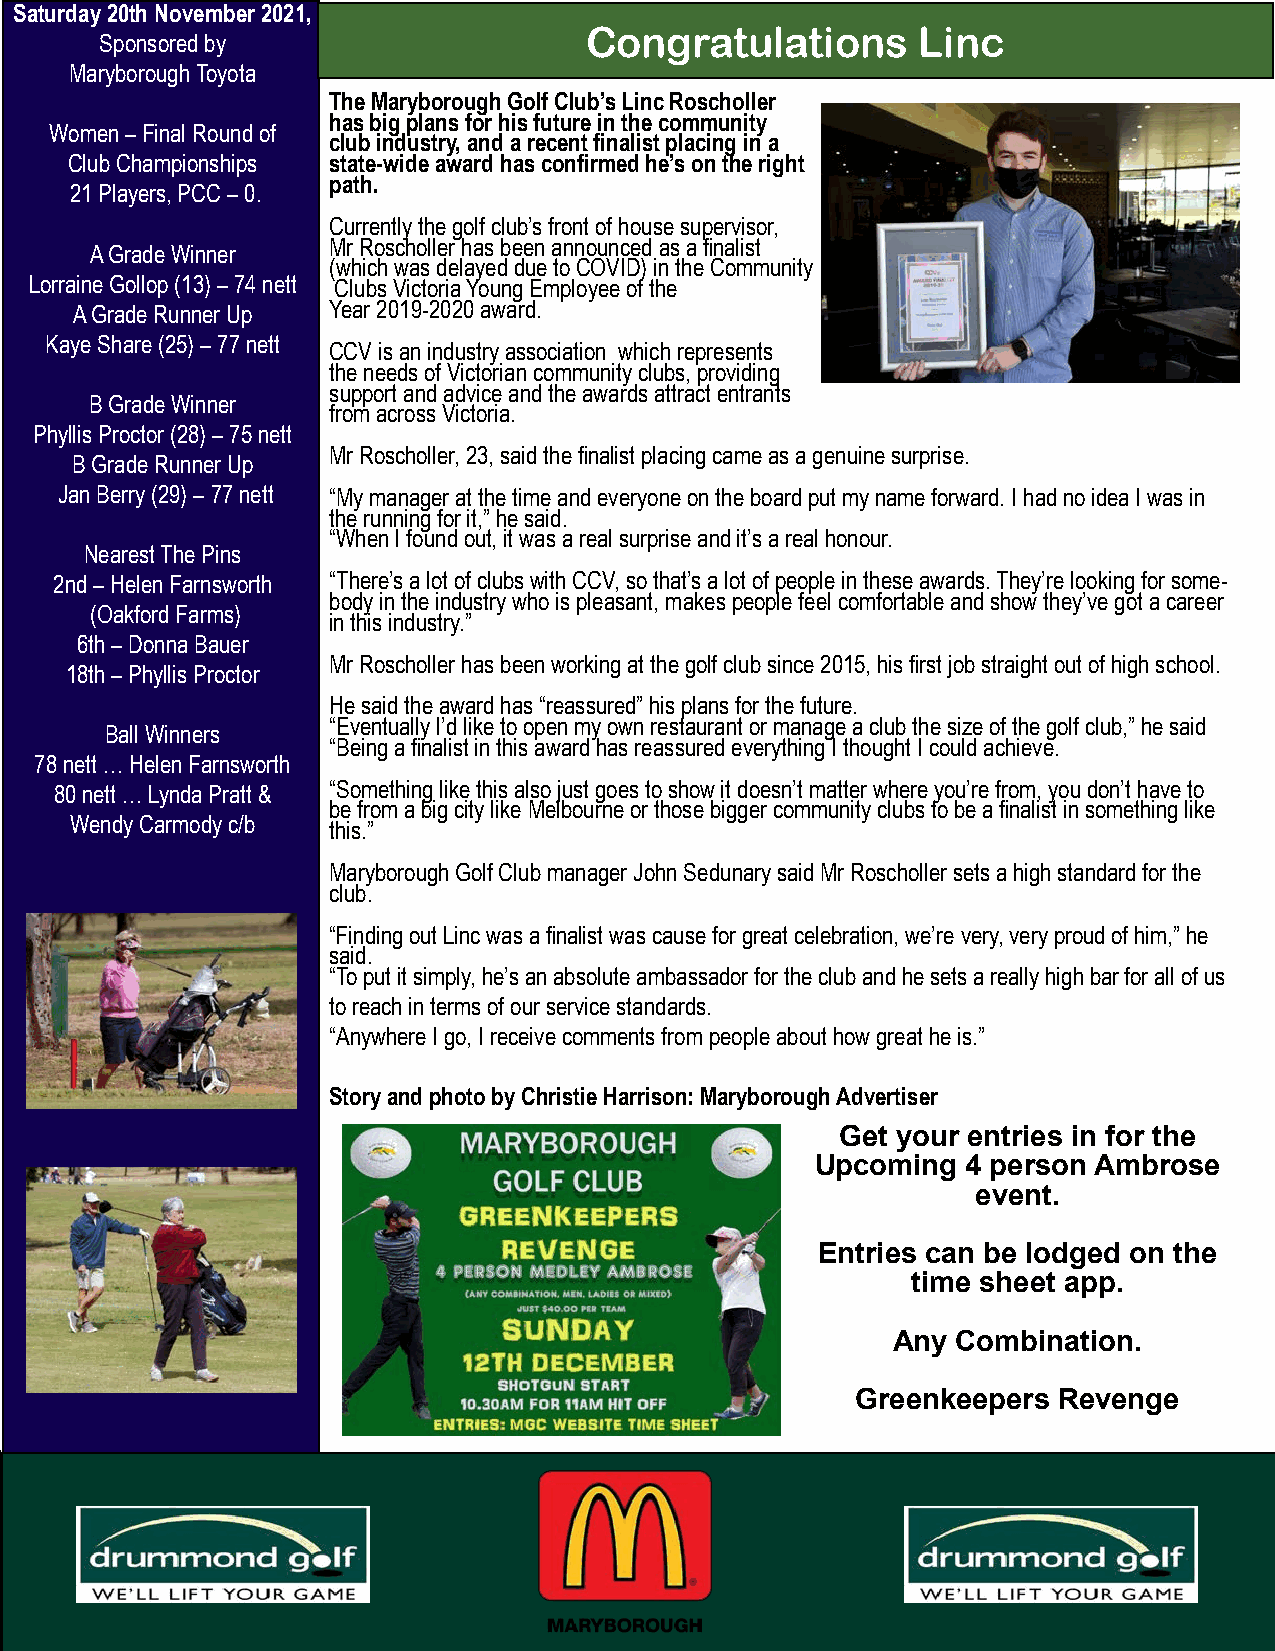
Saturday 20th November 2021,
 Congratulations       Linc
 Sponsored by
 Maryborough Toyota
 The Maryborough Golf Club’s Linc Roscholler
 has big plans for his future in the community
 Women – Final Round of
 club industry, and a recent finalist placing in a
 Club Championships state-wide award has confirmed he’s on the right
 path.
 21 Players, PCC – 0.
 Currently the golf club’s front of house supervisor,
 Mr Roscholler has been announced as a finalist
 A Grade Winner
 (which was delayed due to COVID) in the Community
 Lorraine Gollop (13) – 74 nett Clubs Victoria Young Employee of the
 A Grade Runner Up Year 2019-2020 award.
 Kaye Share (25) – 77 nett
 CCV is an industry association which represents
 the needs of Victorian community clubs, providing
 support and advice and the awards attract entrants
 B Grade Winner
 from across Victoria.
 Phyllis Proctor (28) – 75 nett
 Mr Roscholler, 23, said the finalist placing came as a genuine surprise.
 B Grade Runner Up
 Jan Berry (29) – 77 nett “My manager at the time and everyone on the board put my name forward. I had no idea I was in
 the running for it,” he said.
 “When I found out, it was a real surprise and it’s a real honour.
 Nearest The Pins
 2nd – Helen Farnsworth “There’s a lot of clubs with CCV, so that’s a lot of people in these awards. They’re looking for some-
 body in the industry who is pleasant, makes people feel comfortable and show they’ve got a career
 (Oakford Farms)
 in this industry.”
 6th – Donna Bauer
 Mr Roscholler has been working at the golf club since 2015, his first job straight out of high school.
 18th – Phyllis Proctor
 He said the award has “reassured” his plans for the future.
 “Eventually I’d like to open my own restaurant or manage a club the size of the golf club,” he said
 Ball Winners
 “Being a finalist in this award has reassured everything I thought I could achieve.
 78 nett … Helen Farnsworth
 80 nett … Lynda Pratt & “Something like this also just goes to show it doesn’t matter where you’re from, you don’t have to
 be from a big city like Melbourne or those bigger community clubs to be a finalist in something like
 Wendy Carmody c/b
 this.”
 Maryborough Golf Club manager John Sedunary said Mr Roscholler sets a high standard for the
 club.
 “Finding out Linc was a finalist was cause for great celebration, we’re very, very proud of him,” he
 said.
 “To put it simply, he’s an absolute ambassador for the club and he sets a really high bar for all of us
 to reach in terms of our service standards.
 “Anywhere I go, I receive comments from people about how great he is.”
 Story and photo by Christie Harrison: Maryborough Advertiser
 Get your entries in for the
 Upcoming  4 person Ambrose
 event.
 Entries can be lodged on the
 time sheet app.
 Any Combination.
 Greenkeepers Revenge